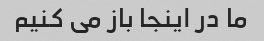
ما در اینجا باز می کنیم